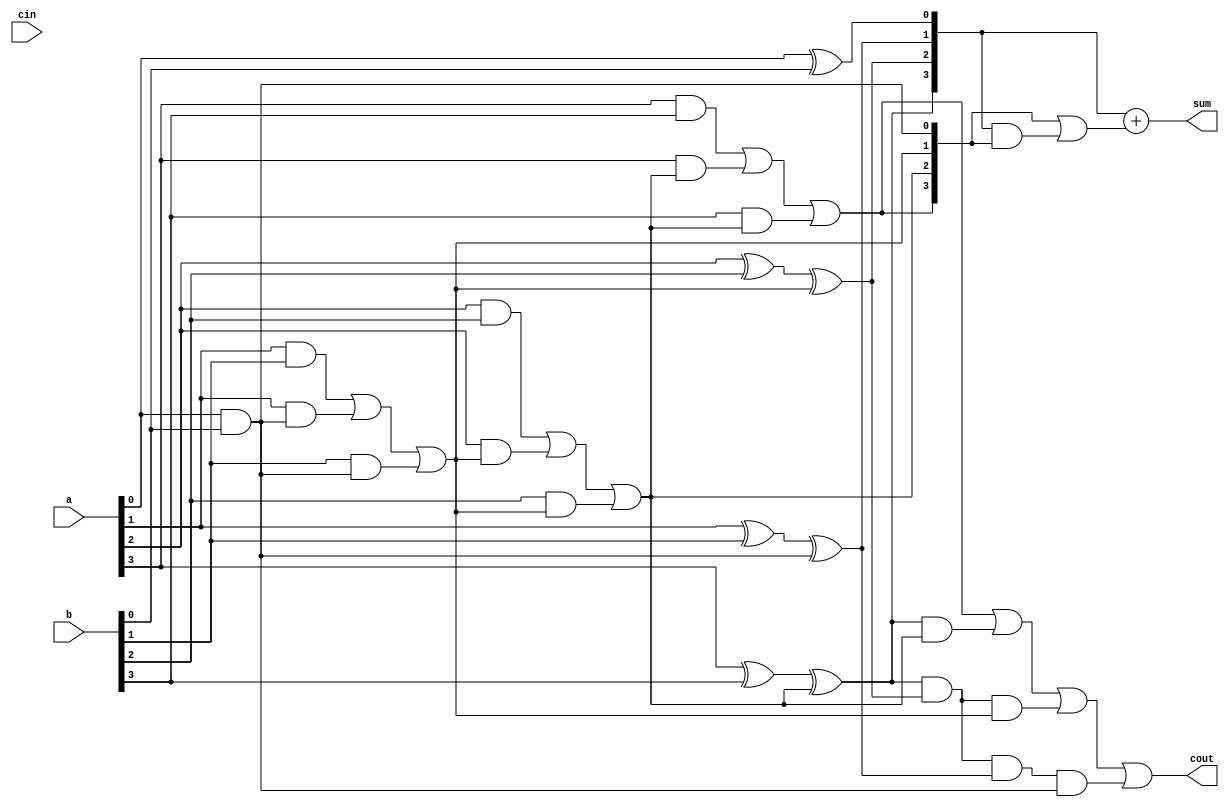
module carry_lookahead_adder (
    input [3:0] a,
    input [3:0] b,
    input cin,
    output [3:0] sum,
    output cout
);

wire [3:0] p, g;

assign p[0] = a[0] ^ b[0];
assign g[0] = a[0] & b[0];

assign p[1] = a[1] ^ b[1] ^ g[0];
assign g[1] = (a[1] & b[1]) | (a[1] & g[0]) | (b[1] & g[0]);

assign p[2] = a[2] ^ b[2] ^ g[1];
assign g[2] = (a[2] & b[2]) | (a[2] & g[1]) | (b[2] & g[1]);

assign p[3] = a[3] ^ b[3] ^ g[2];
assign g[3] = (a[3] & b[3]) | (a[3] & g[2]) | (b[3] & g[2]);

assign sum = {cin, p} + (g | (p & {cin, g}));
assign cout = g[3] | (p[3] & g[2]) | (p[3] & p[2] & g[1]) | (p[3] & p[2] & p[1] & g[0]);

endmodule